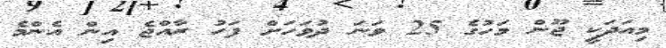
މިއަދަކީ ޖޫން މަހުގެ 25 ވަނަ ދުވަހަށް ފަހު ރާއްޖެ އިން އެންމެ